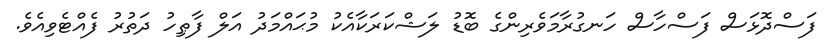
ފަސްދޮޅަސް ފަސްހާސް ހަނގުރާމަވެރިންގެ ބޮޑު ލަޝްކަރަކާއެކު މުޙައްމަދު އަލް ފާޠިހު ދަތުރު ފެއްޓެވިއެވެ.